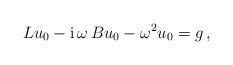
LaTeX: \begin{align*}L u_{0} - {\rm i}\, \omega\, Bu_{0} -\omega^2u_{0} = g\, ,\end{align*}